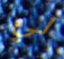
لي